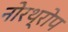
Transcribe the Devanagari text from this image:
नोरथ्रोप